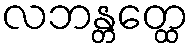
လဘန္တတ္ထေ